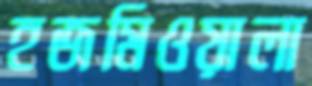
হজমিওয়ালা